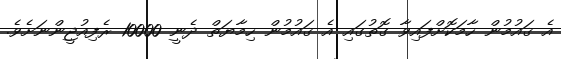
އެ ޤައުމުން ހާމަކޮށްފައިވާ ގޮތުގައި އެ ޤައުމުން ހިމާޔަތް ދެނީ 10000 ރެފިއުޖީންނަށެވެ.